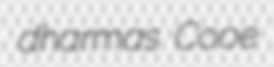
dharmas Cooe